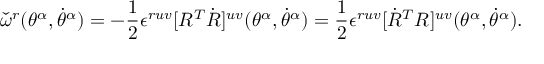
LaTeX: { \check { \omega } } ^ { r } ( \theta ^ { \alpha } , \dot { \theta } ^ { \alpha } ) = - { \frac { 1 } { 2 } } \epsilon ^ { r u v } [ R ^ { T } \dot { R } ] ^ { u v } ( \theta ^ { \alpha } , \dot { \theta } ^ { \alpha } ) = { \frac { 1 } { 2 } } \epsilon ^ { r u v } [ { \dot { R } } ^ { T } R ] ^ { u v } ( \theta ^ { \alpha } , \dot { \theta } ^ { \alpha } ) .